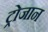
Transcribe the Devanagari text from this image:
ट्रोजान